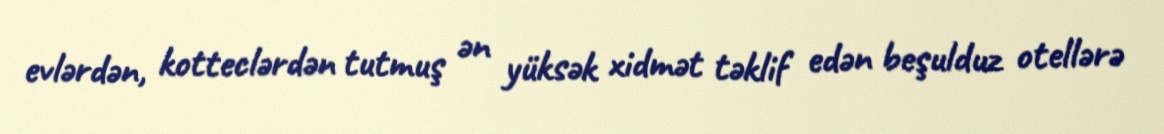
evlərdən, kotteclərdən tutmuş ən yüksək xidmət təklif edən beşulduz otellərə